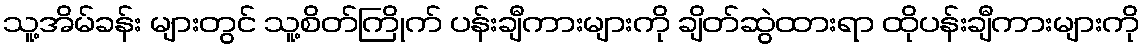
သူ့အိမ်ခန်း များတွင် သူ့စိတ်ကြိုက် ပန်းချီကားများကို ချိတ်ဆွဲထားရာ ထိုပန်းချီကားများကို